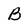
Character: B